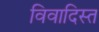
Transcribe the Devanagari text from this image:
विवादिस्त